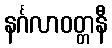
နင်္ဂလာဝတ္တနီ